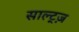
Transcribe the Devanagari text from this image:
साल्ट्ज़